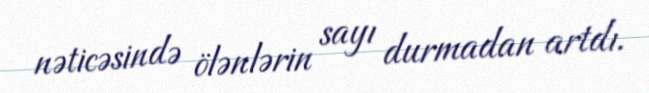
nəticəsində ölənlərin sayı durmadan artdı.